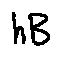
h B